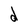
Character: d